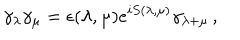
\gamma _ { \lambda } \gamma _ { \mu } = \epsilon ( \lambda , \mu ) e ^ { i S ( \lambda , \mu ) } \gamma _ { \lambda + \mu } \, ,